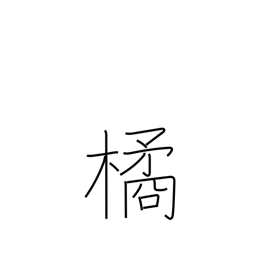
Meaning: mandarin orange